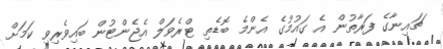
ޗައިނާގެ ފަރާތުން އެ ގައުމުގެ އެންމެ ބޮޑެތި ޓްރެވަލް އެޖެންޓުން ބައިވެރިވި ކަމަށް